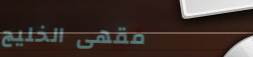
مقهى الخليج